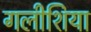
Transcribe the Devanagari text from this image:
गलीशिया